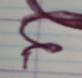
Signature authenticity: forged